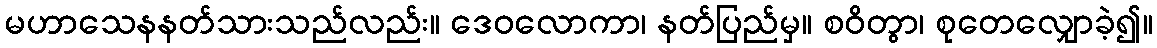
မဟာသေနနတ်သားသည်လည်း။ ဒေဝလောကာ၊ နတ်ပြည်မှ။ စဝိတွာ၊ စုတေလျှောခဲ့၍။